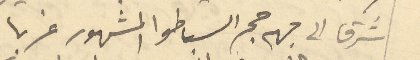
ضرقًا الى جهة حجر السباطوا المشهور غربا